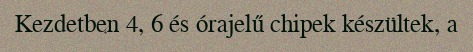
Kezdetben 4, 6 és órajelű chipek készültek, a